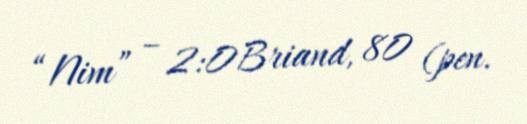
“Nim” – 2:0Briand, 80 (pen.